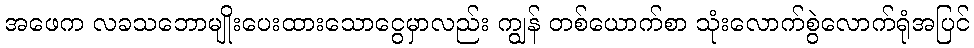
အဖေက လခသဘောမျိုးပေးထားသောငွေမှာလည်း ကျွန် တစ်ယောက်စာ သုံးလောက်စွဲလောက်ရုံအပြင်